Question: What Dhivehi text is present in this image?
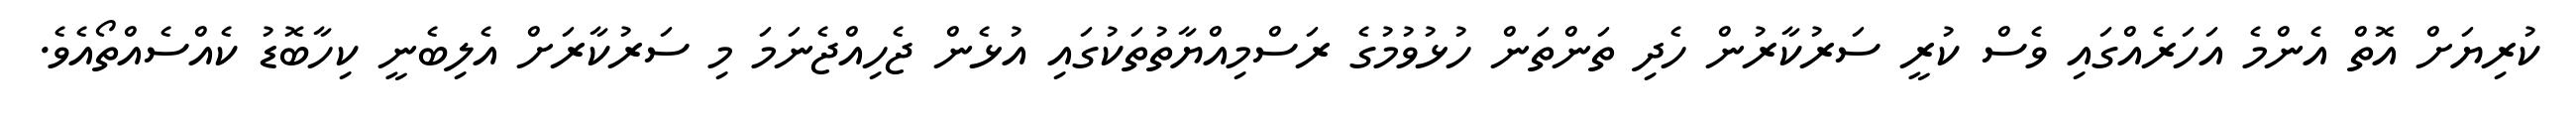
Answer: ކުރިޔަށް އޮތް އެންމެ އަހަރެއްގައި ވެސް ކުރީ ސަރުކާރުން ހެދި ތަންތަން ހުޅުވުމުގެ ރަސްމިއްޔާތުތަކުގައި އުޅެން ޖެހިއްޖެނަމަ މި ސަރުކާރަށް އެލިބެނީ ކިހާބޮޑު ކެއްސެއްތޯއެވެ.